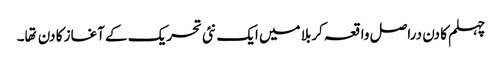
چہلم کا دن دراصل واقعہ کربلا میں ایک نئی تحریک کے آغاز کا دن تها۔